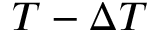
T - \Delta T